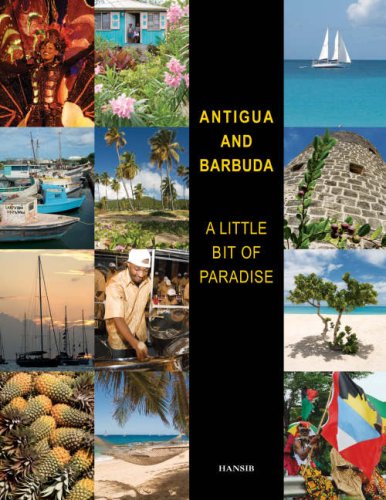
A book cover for Antigua and Barbuda: A Little Bit of Paradise; Travel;